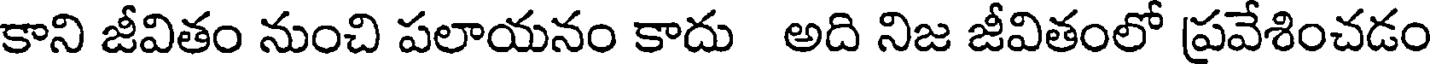
కాని జీవితం నుంచి పలాయనం కాదు అది నిజ జీవితంలో ప్రవేశించడం